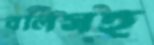
বলিসহ